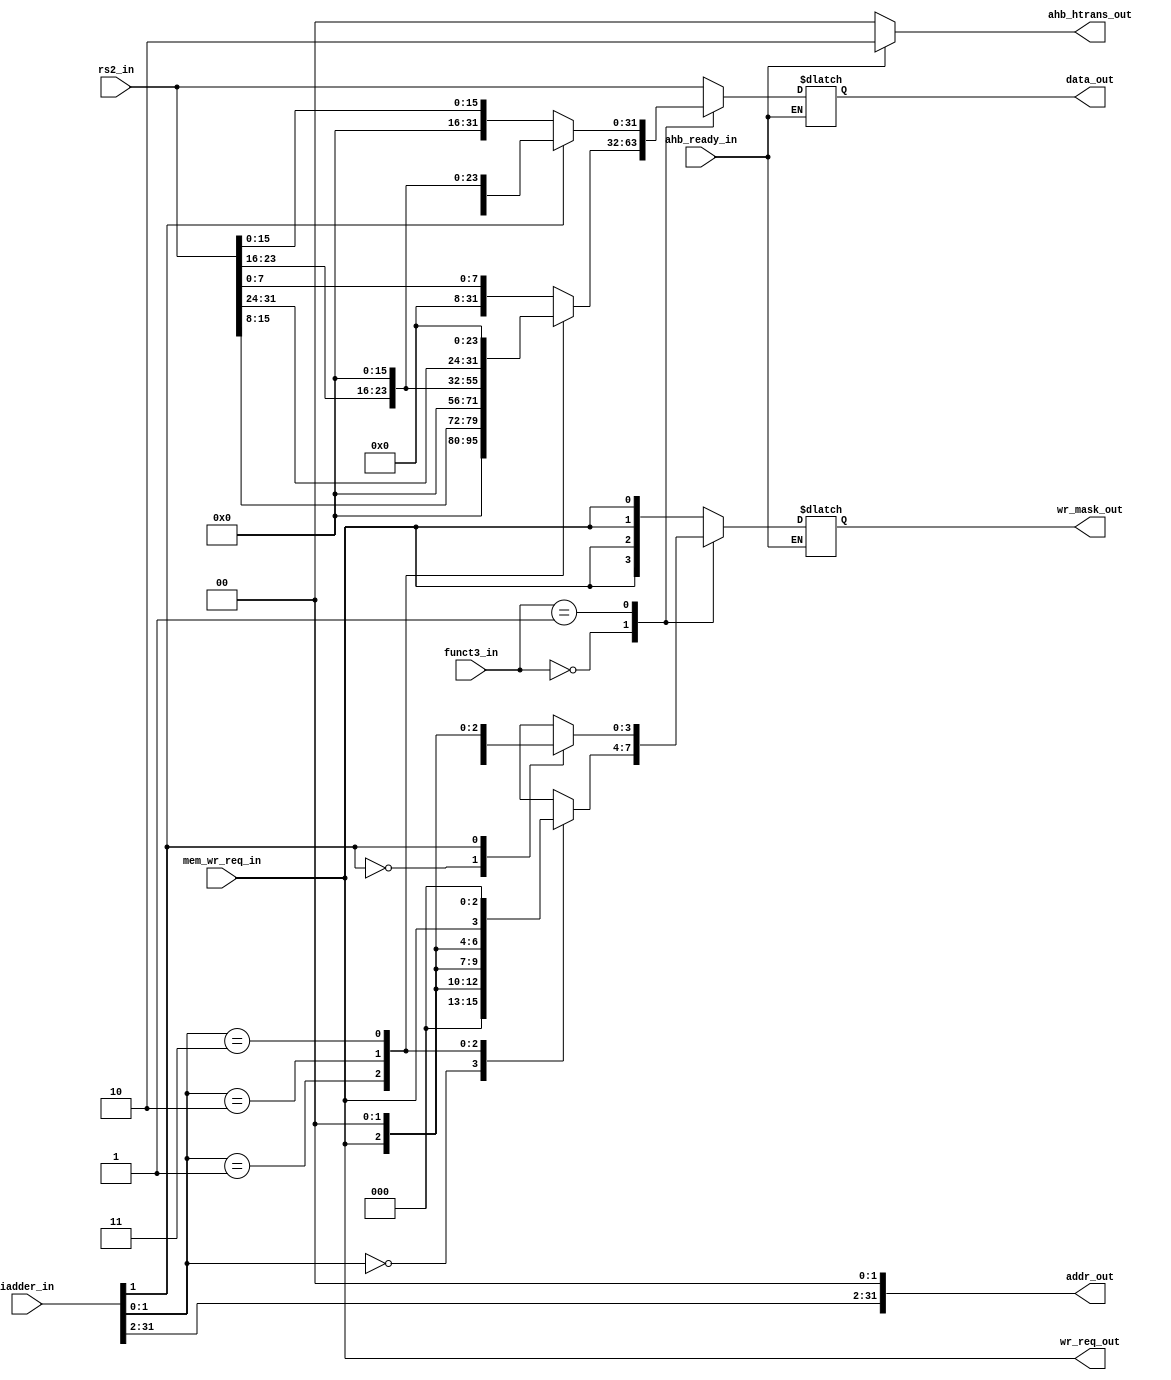
`timescale 1ns / 1ps

module store_unit(
input [1:0]funct3_in,
input [31:0]iadder_in, rs2_in,
input mem_wr_req_in, ahb_ready_in,
output reg  [31:0]data_out,
output  [31:0] addr_out,
output reg [3:0]wr_mask_out,
output  wr_req_out,
output reg [1:0]ahb_htrans_out
    );
    
   reg [31:0]b_data_out, h_data_out; 
   reg [3:0]byte_wr_mask, halfword_wr_mask;
   //reg [31:0]d_addr = 0;
  
    assign wr_req_out = mem_wr_req_in;  
     assign addr_out = {iadder_in[31:2], 2'b0}; 
    always @(*)
    begin
       case(iadder_in[1:0])
            2'b00: b_data_out = {8'b0,8'b0,8'b0, rs2_in[7:0]}; 
            2'b01: b_data_out = {8'b0,8'b0,rs2_in[15:8],8'b0};  
            2'b10: b_data_out = {8'b0,rs2_in[23:16],8'b0,8'b0};
            2'b11: b_data_out = {rs2_in[31:24],8'b0,8'b0,8'b0};        
            default : begin end
        endcase
  //end 
  
  //always @(*)
   //begin 
        case(iadder_in[1])
            1'b0: h_data_out = {8'b0,8'b0,rs2_in[15:8],rs2_in[7:0]}; 
            1'b1: h_data_out = {rs2_in[31:24],rs2_in[23:16],8'b0,8'b0};
            default : begin h_data_out = 0; end
        endcase
   //end
   
    begin
      if(ahb_ready_in)
      begin
        case(funct3_in[1:0])
            2'b00: data_out = b_data_out ; 
            2'b01: data_out = h_data_out ;       
            default : begin data_out = rs2_in;  end
        endcase
        ahb_htrans_out  = 2'b10;
      end  
      
      else 
        ahb_htrans_out  = 2'b00;
    end
    
    if(ahb_ready_in)
      begin 
        case(funct3_in[1:0])
            2'b00: wr_mask_out = byte_wr_mask ; 
            2'b01: wr_mask_out = halfword_wr_mask ;       
            default : begin wr_mask_out = {4{mem_wr_req_in}};  end
        endcase
       ahb_htrans_out  = 2'b10;
      end  
      
      else begin 
        ahb_htrans_out  = 2'b00;
        end

    begin 
        case(iadder_in[1:0])
            2'b00: byte_wr_mask = {3'b0,mem_wr_req_in}; 
            2'b01: byte_wr_mask = {2'b0,mem_wr_req_in,1'b0};  
            2'b10: byte_wr_mask = {1'b0,mem_wr_req_in,2'b0};
            2'b11: byte_wr_mask = {mem_wr_req_in,3'b0};
            default : begin end
        endcase
    end 
    begin 
        case(iadder_in[1])
            1'b0: halfword_wr_mask = {2'b0,{2{mem_wr_req_in}}}; 
            1'b1: halfword_wr_mask = {{2{mem_wr_req_in}},2'b0};
            default : begin halfword_wr_mask = {4{mem_wr_req_in}}; end
        endcase  
    end  
   end
    
   
endmodule